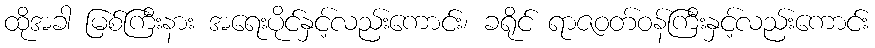
ထိုအခါ မြစ်ကြီးနား အရေးပိုင်နှင့်လည်းကောင်း၊ ခရိုင် ရာဇဝတ်ဝန်ကြီးနှင့်လည်းကောင်း